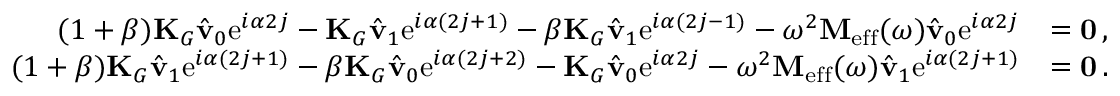
\begin{array} { r l } { ( 1 + \beta ) \mathbf { K } _ { G } \hat { \mathbf { v } } _ { 0 } \mathrm { e } ^ { i \alpha 2 j } - \mathbf { K } _ { G } \hat { \mathbf { v } } _ { 1 } \mathrm { e } ^ { i \alpha ( 2 j + 1 ) } - \beta \mathbf { K } _ { G } \hat { \mathbf { v } } _ { 1 } \mathrm { e } ^ { i \alpha ( 2 j - 1 ) } - \omega ^ { 2 } \mathbf { M } _ { \mathrm { e f f } } ( \omega ) \hat { \mathbf { v } } _ { 0 } \mathrm { e } ^ { i \alpha 2 j } } & { = \mathbf { 0 } \, , } \\ { ( 1 + \beta ) \mathbf { K } _ { G } \hat { \mathbf { v } } _ { 1 } \mathrm { e } ^ { i \alpha ( 2 j + 1 ) } - \beta \mathbf { K } _ { G } \hat { \mathbf { v } } _ { 0 } \mathrm { e } ^ { i \alpha ( 2 j + 2 ) } - \mathbf { K } _ { G } \hat { \mathbf { v } } _ { 0 } \mathrm { e } ^ { i \alpha 2 j } - \omega ^ { 2 } \mathbf { M } _ { \mathrm { e f f } } ( \omega ) \hat { \mathbf { v } } _ { 1 } \mathrm { e } ^ { i \alpha ( 2 j + 1 ) } } & { = \mathbf { 0 } \, . } \end{array}